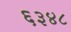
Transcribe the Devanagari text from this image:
६३४८